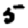
Digit: 5